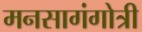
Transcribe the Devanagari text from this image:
मनसागंगोत्री